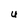
Character: u